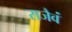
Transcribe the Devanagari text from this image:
राजैवं